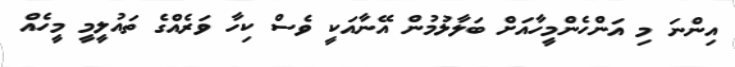
އިންނަ މި އަންހެންމީހާއަށް ބަލާލުމުން އޭނާއަކީ ވެސް ކިހާ ވަރެއްގެ ތައުލީމީ މީހެއް